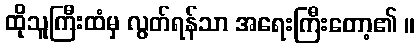
ထိုသူကြီးထံမှ လွတ်ရန်သာ အရေးကြီးတော့၏ ။